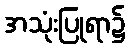
အသုံးပြုရာ၌